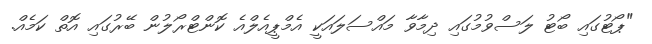
"ޕޯޓުގައި ބޯޓު ލަސްވުމުގައި ދިމާވާ މައްސަލައަކީ އެމްޕީއެލްއެ ކޮންޓްރޯލުން ބޭރުގައި އޮތް ކަމެއް.